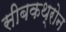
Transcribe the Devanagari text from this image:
सीबकथ्रोन